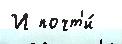
И почт'и́